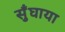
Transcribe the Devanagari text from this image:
सुँघाया